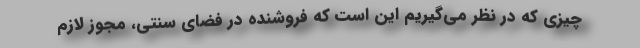
چیزی که در نظر می‌گیریم این است که فروشنده‌ در فضای سنتی، مجوز لازم